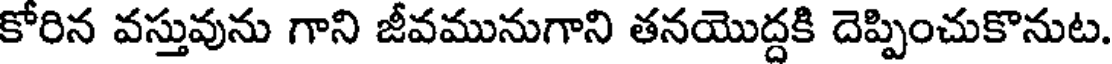
కోరిన వస్తువును గాని జీవమునుగాని తనయొద్దకి దెప్పించుకొనుట.